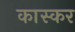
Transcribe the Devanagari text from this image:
कास्कर